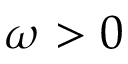
\omega > 0